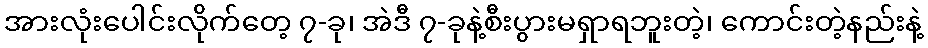
အားလုံးပေါင်းလိုက်တေ့ ၇-ခု၊ အဲဒီ ၇-ခုနဲ့စီးပွားမရှာရဘူးတဲ့၊ ကောင်းတဲ့နည်းနဲ့